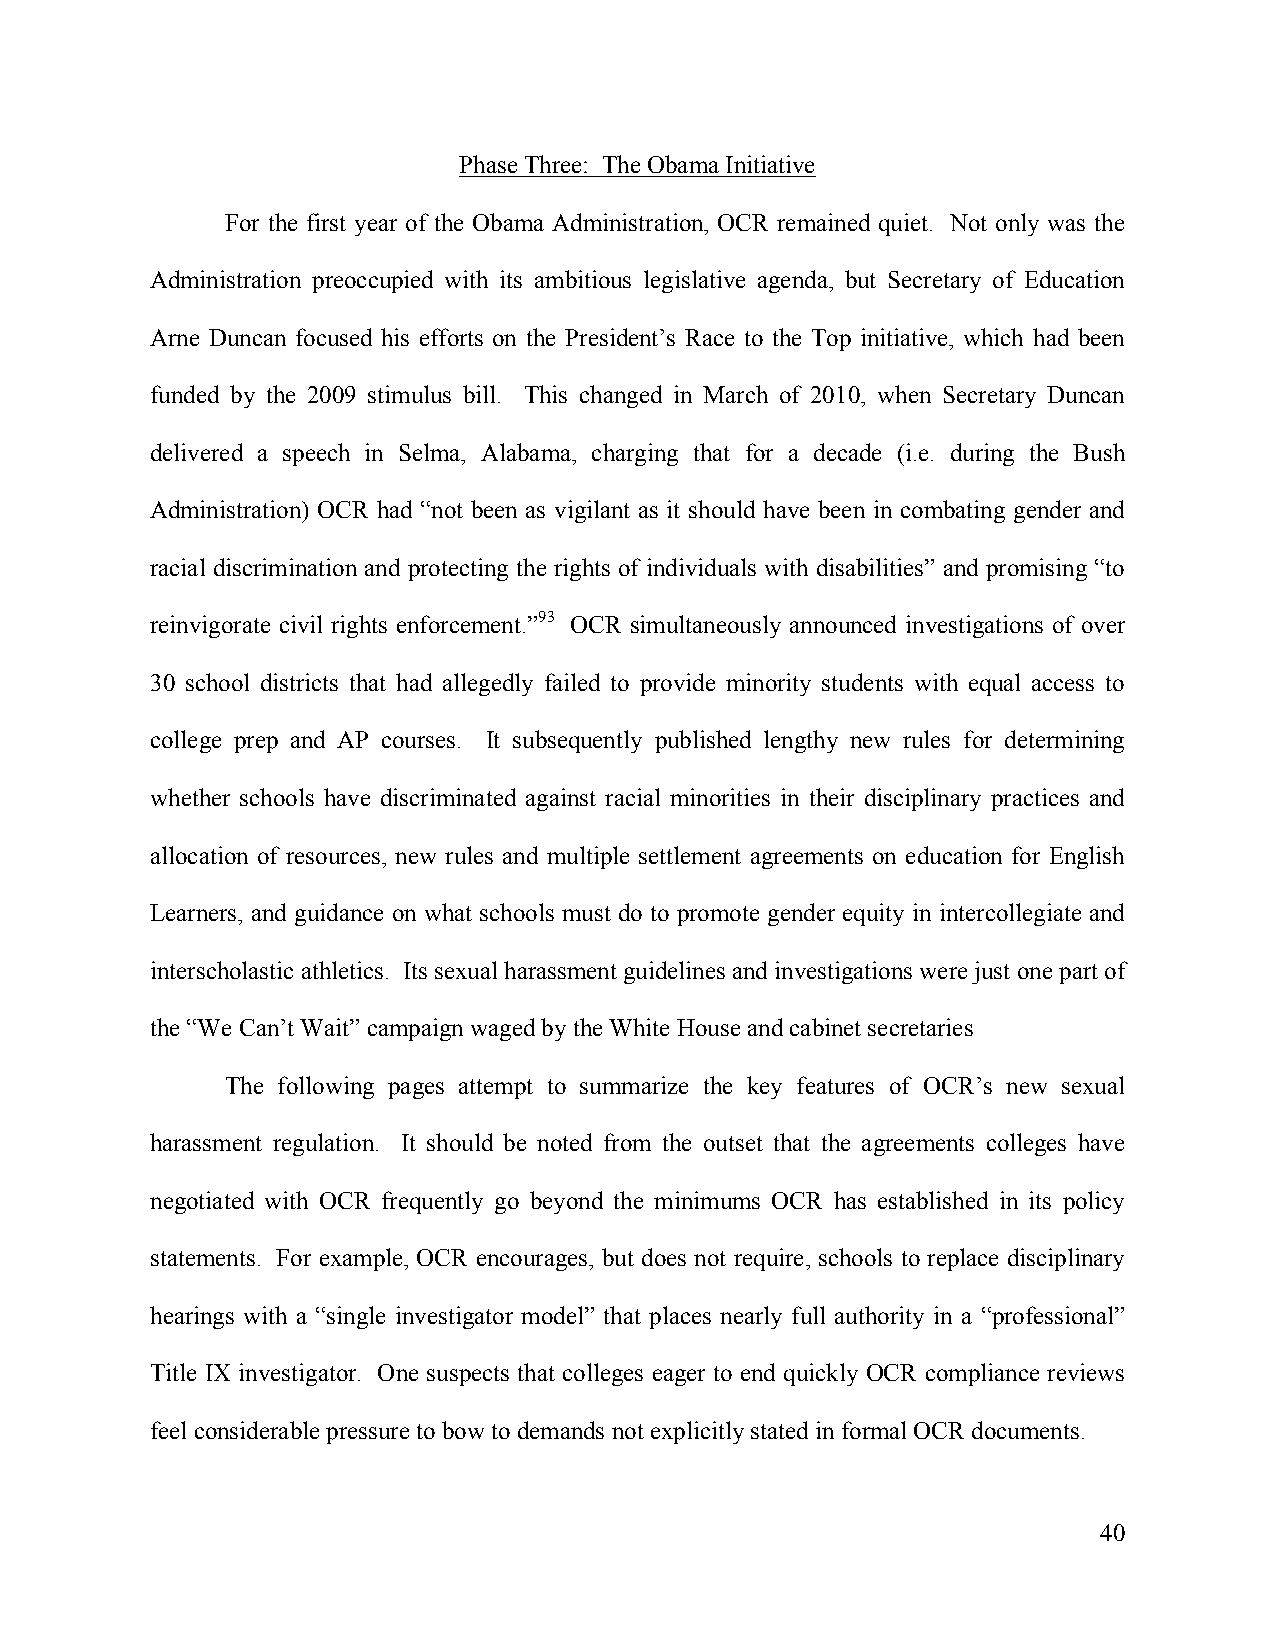
Phase Three: The Obama Initiative
 For the first year of the Obama Administration, OCR remained quiet. Not only was the
 Administration preoccupied with its ambitious legislative agenda, but Secretary of Education
 Arne Duncan focused his efforts on the President’s Race to the Top initiative, which had been
 funded by the 2009 stimulus bill. This changed in March of 2010, when Secretary Duncan
 delivered a speech in Selma, Alabama, charging that for a decade (i.e. during the Bush
 Administration) OCR had “not been as vigilant as it should have been in combating gender and
 racial discrimination and protecting the rights of individuals with disabilities” and promising “to
 reinvigorate civil rights enforcement.”93 OCR simultaneously announced investigations of over
 30 school districts that had allegedly failed to provide minority students with equal access to
 college prep and AP courses. It subsequently published lengthy new rules for determining
 whether schools have discriminated against racial minorities in their disciplinary practices and
 allocation of resources, new rules and multiple settlement agreements on education for English
 Learners, and guidance on what schools must do to promote gender equity in intercollegiate and
 interscholastic athletics. Its sexual harassment guidelines and investigations were just one part of
 the “We Can’t Wait” campaign waged by the White House and cabinet secretaries
 The following pages attempt to summarize the key features of OCR’s new sexual
 harassment regulation. It should be noted from the outset that the agreements colleges have
 negotiated with OCR frequently go beyond the minimums OCR has established in its policy
 statements. For example, OCR encourages, but does not require, schools to replace disciplinary
 hearings with a “single investigator model” that places nearly full authority in a “professional”
 Title IX investigator. One suspects that colleges eager to end quickly OCR compliance reviews
 feel considerable pressure to bow to demands not explicitly stated in formal OCR documents.
 40